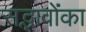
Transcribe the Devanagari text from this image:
सद्भावोंका